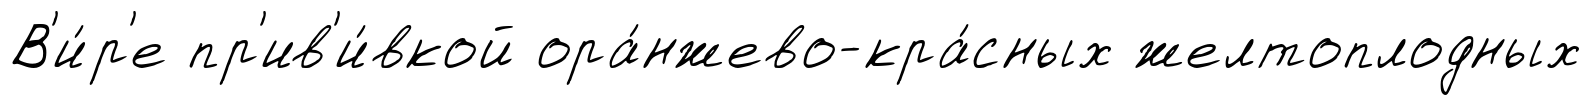
В'и́р'е пр'ив'и́вкой ора́нжево-кра́сных желтоплодных